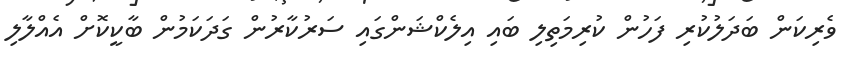
ވެރިކަން ބަދަލުކުރި ފަހުން ކުރިމަތިލި ބައި އިލެކްޝަންގައި ސަރުކާރުން ގަދަަކަމުން ބާކީކޮށް އެއްލާލި